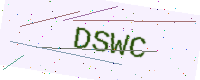
Text: DSWC